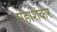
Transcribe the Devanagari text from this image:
महाशंकर